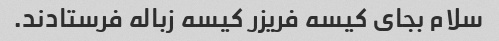
سلام بجای کیسه فریزر کیسه زباله فرستادند.